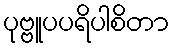
ပုဗ္ဗူပပရိပါစိတာ